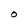
Character: O